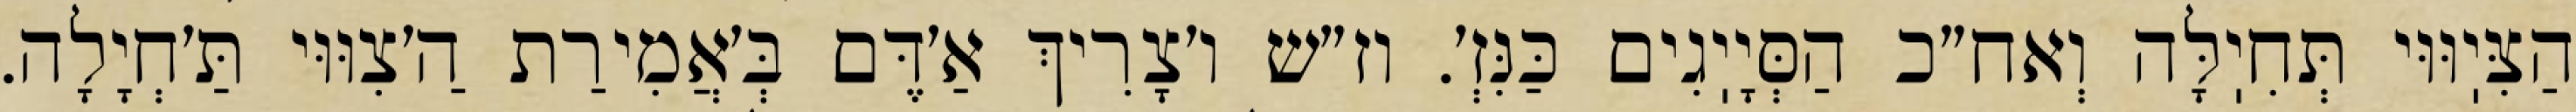
הַצִּיֽוּוּי תְּחִיֽלָּה וְאח״כ הַסְּיָיֽגִים כַּנִּזְ׳. וז״ש ו׳צָרִיךְ אַ׳דֶּם בְּ׳אֲמִירַת הַ׳צִוּוּי תַּ׳חְיָלָה.